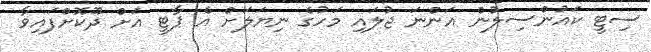
ސިޓީ ކައުންސިލުން އަންނަ ޖުލައި މަހުގެ ނިޔަލަށް އެ ޕާޓީ އަށް ދޫކޮށްފައިވާ